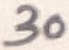
Text: 30